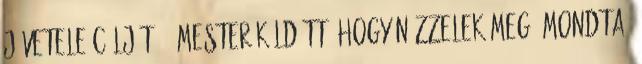
jövetele célját. - Mester küldött, hogy nézzelek meg, mondta,